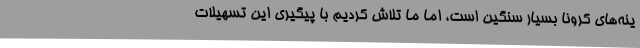
ینه‌های کرونا بسیار سنگین است، اما ما تلاش کردیم با پیگیری این تسهیلات